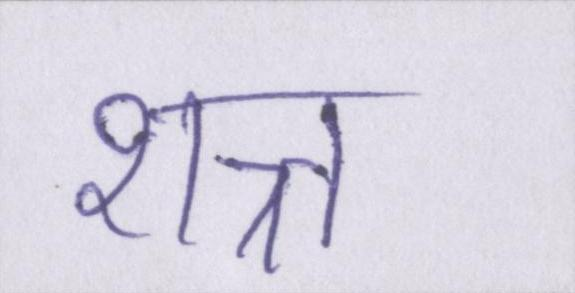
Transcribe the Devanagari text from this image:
शत्र्त